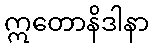
ဣတောနိဒါနာ